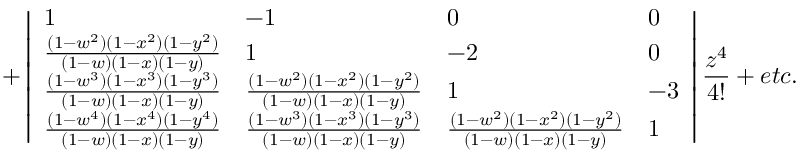
+ \left| \begin{array} { l l l l } { 1 } & { - 1 } & { 0 } & { 0 } \\ { \frac { ( 1 - w ^ { 2 } ) ( 1 - x ^ { 2 } ) ( 1 - y ^ { 2 } ) } { ( 1 - w ) ( 1 - x ) ( 1 - y ) } } & { 1 } & { - 2 } & { 0 } \\ { \frac { ( 1 - w ^ { 3 } ) ( 1 - x ^ { 3 } ) ( 1 - y ^ { 3 } ) } { ( 1 - w ) ( 1 - x ) ( 1 - y ) } } & { \frac { ( 1 - w ^ { 2 } ) ( 1 - x ^ { 2 } ) ( 1 - y ^ { 2 } ) } { ( 1 - w ) ( 1 - x ) ( 1 - y ) } } & { 1 } & { - 3 } \\ { \frac { ( 1 - w ^ { 4 } ) ( 1 - x ^ { 4 } ) ( 1 - y ^ { 4 } ) } { ( 1 - w ) ( 1 - x ) ( 1 - y ) } } & { \frac { ( 1 - w ^ { 3 } ) ( 1 - x ^ { 3 } ) ( 1 - y ^ { 3 } ) } { ( 1 - w ) ( 1 - x ) ( 1 - y ) } } & { \frac { ( 1 - w ^ { 2 } ) ( 1 - x ^ { 2 } ) ( 1 - y ^ { 2 } ) } { ( 1 - w ) ( 1 - x ) ( 1 - y ) } } & { 1 } \end{array} \right| \frac { z ^ { 4 } } { 4 ! } + e t c .